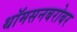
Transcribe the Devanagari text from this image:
थॉमसनबरोबर